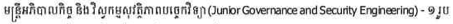
មន្រ្តីអភិបាលកិច្ច និង វិស្វកម្មសុវត្ថិភាពបច្ចេកវិទ្យា(Junior Governace and Security Engineering) - ១ រូប